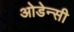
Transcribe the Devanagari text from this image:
ओडेन्सी